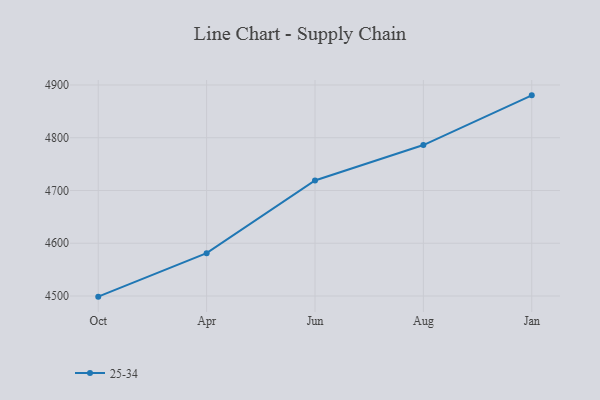
{"axis": {"x": "Month", "y": "Production Output"}, "legend": ["25-34"], "data": [{"x": "Oct", "y": 4498.8, "type": "25-34"}, {"x": "Apr", "y": 4581.2, "type": "25-34"}, {"x": "Jun", "y": 4718.9, "type": "25-34"}, {"x": "Aug", "y": 4786.1, "type": "25-34"}, {"x": "Jan", "y": 4880.3, "type": "25-34"}]}